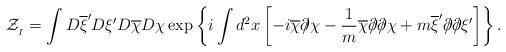
LaTeX: \begin{align*}{\cal Z}_{_I} = \int D\overline{\xi}^\prime D\xi^\prime D\overline{\chi} D\chi \exp \left\{ i \int d^2 x \left[ -i \overline{\chi} \partial \!\!\! / \chi - \frac{1}{m} \overline{\chi} \partial \!\!\! / \partial \!\!\! / \chi + m \overline{\xi}^\prime \partial \!\!\! / \partial \!\!\! / \xi^\prime \right] \right\}.\end{align*}